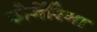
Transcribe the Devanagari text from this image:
फोर्नेरिना